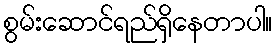
စွမ်းဆောင်ရည်ရှိနေတာပါ။